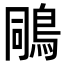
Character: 𪀭